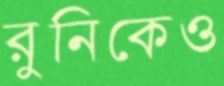
রুনিকেও